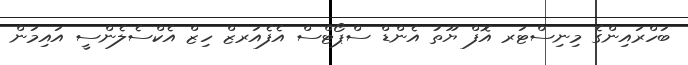
ބަހްރައިންގެ މިނިސްޓަރ އޮފް ޔޫތު އެންޑް ސްޕޯޓްސް އެފެއަރޒް ހިޒް އެކްސެލެންސީ އައިމަން